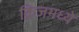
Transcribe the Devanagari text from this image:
क्रिजमध्ये